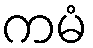
ကမံ